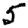
Digit: 5